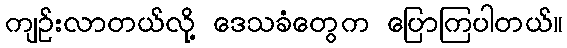
ကျဉ်းလာတယ်လို့ ဒေသခံတွေက ပြောကြပါတယ်။